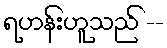
ရဟန်းဟူသည် --